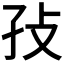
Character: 𰌡